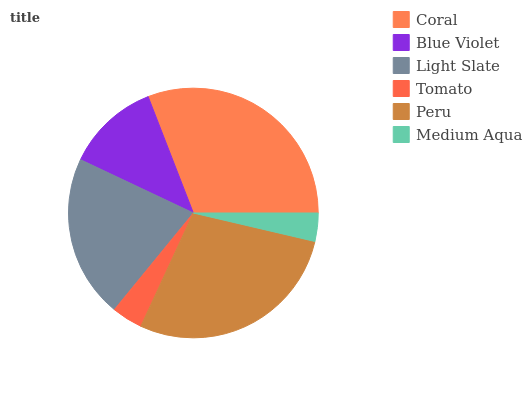
| Coral | Blue Violet | Light Slate | Tomato | Peru | Medium Aqua |
 | --- | --- | --- | --- | --- | --- |
 | 30.8% | 12.1% | 21.1% | 3.99% | 28.3% | 3.66% |